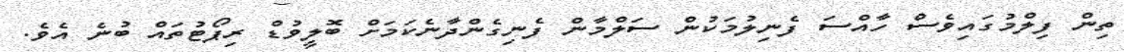
ތިން ފިލްމުގައިވެސް ހާއްސަ ފެނިލުމަކުން ސަލްމާން ފެނިގެންދާނެކަމަށް ބޮލީވުޑް ރިޕޯޓުތައް ބުނެ އެވެ.